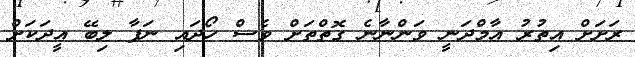
ރަށަށް އިތުރު އާމްދަނީ ވަންނާނެ ގޮތްތަށް ވެސް ހޯދައި ނަފާ ލިބޭ އީދަކަށް